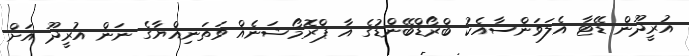
އުރީދޫން ޑޭޓާ އެލަވަންސާއެކު ބްރޯޑްބޭންޑުގެ އާ ޕްރޮމޯޝަނެއް ވަތަނިއްޔާގެ ނަން އުރީދޫ އަށް